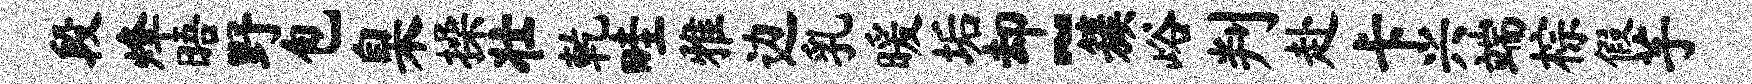
段烽晤野包臬操壮乾畦雅边乳暖垢却~簇峪判赴卡兴端棕假芋